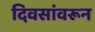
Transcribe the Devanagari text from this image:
दिवसांवरून